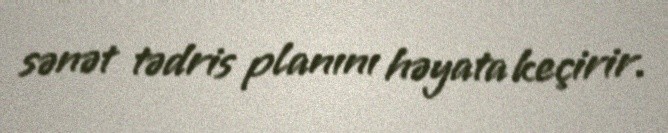
sənət tədris planını həyata keçirir.